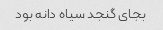
بجای گنجد سیاه دانه بود